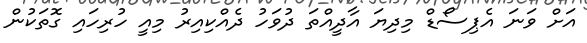
އަށް ވަނަ އެޕިސޯޑް މިދިޔަ އާދީއްތަ ދުވަހު ދެއްކިއިރު މިއީ ހުރިހައި ގޮތަކުން